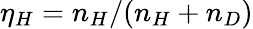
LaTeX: \eta_{H}=n_{H}/(n_{H}+n_{D})